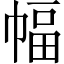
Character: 幅